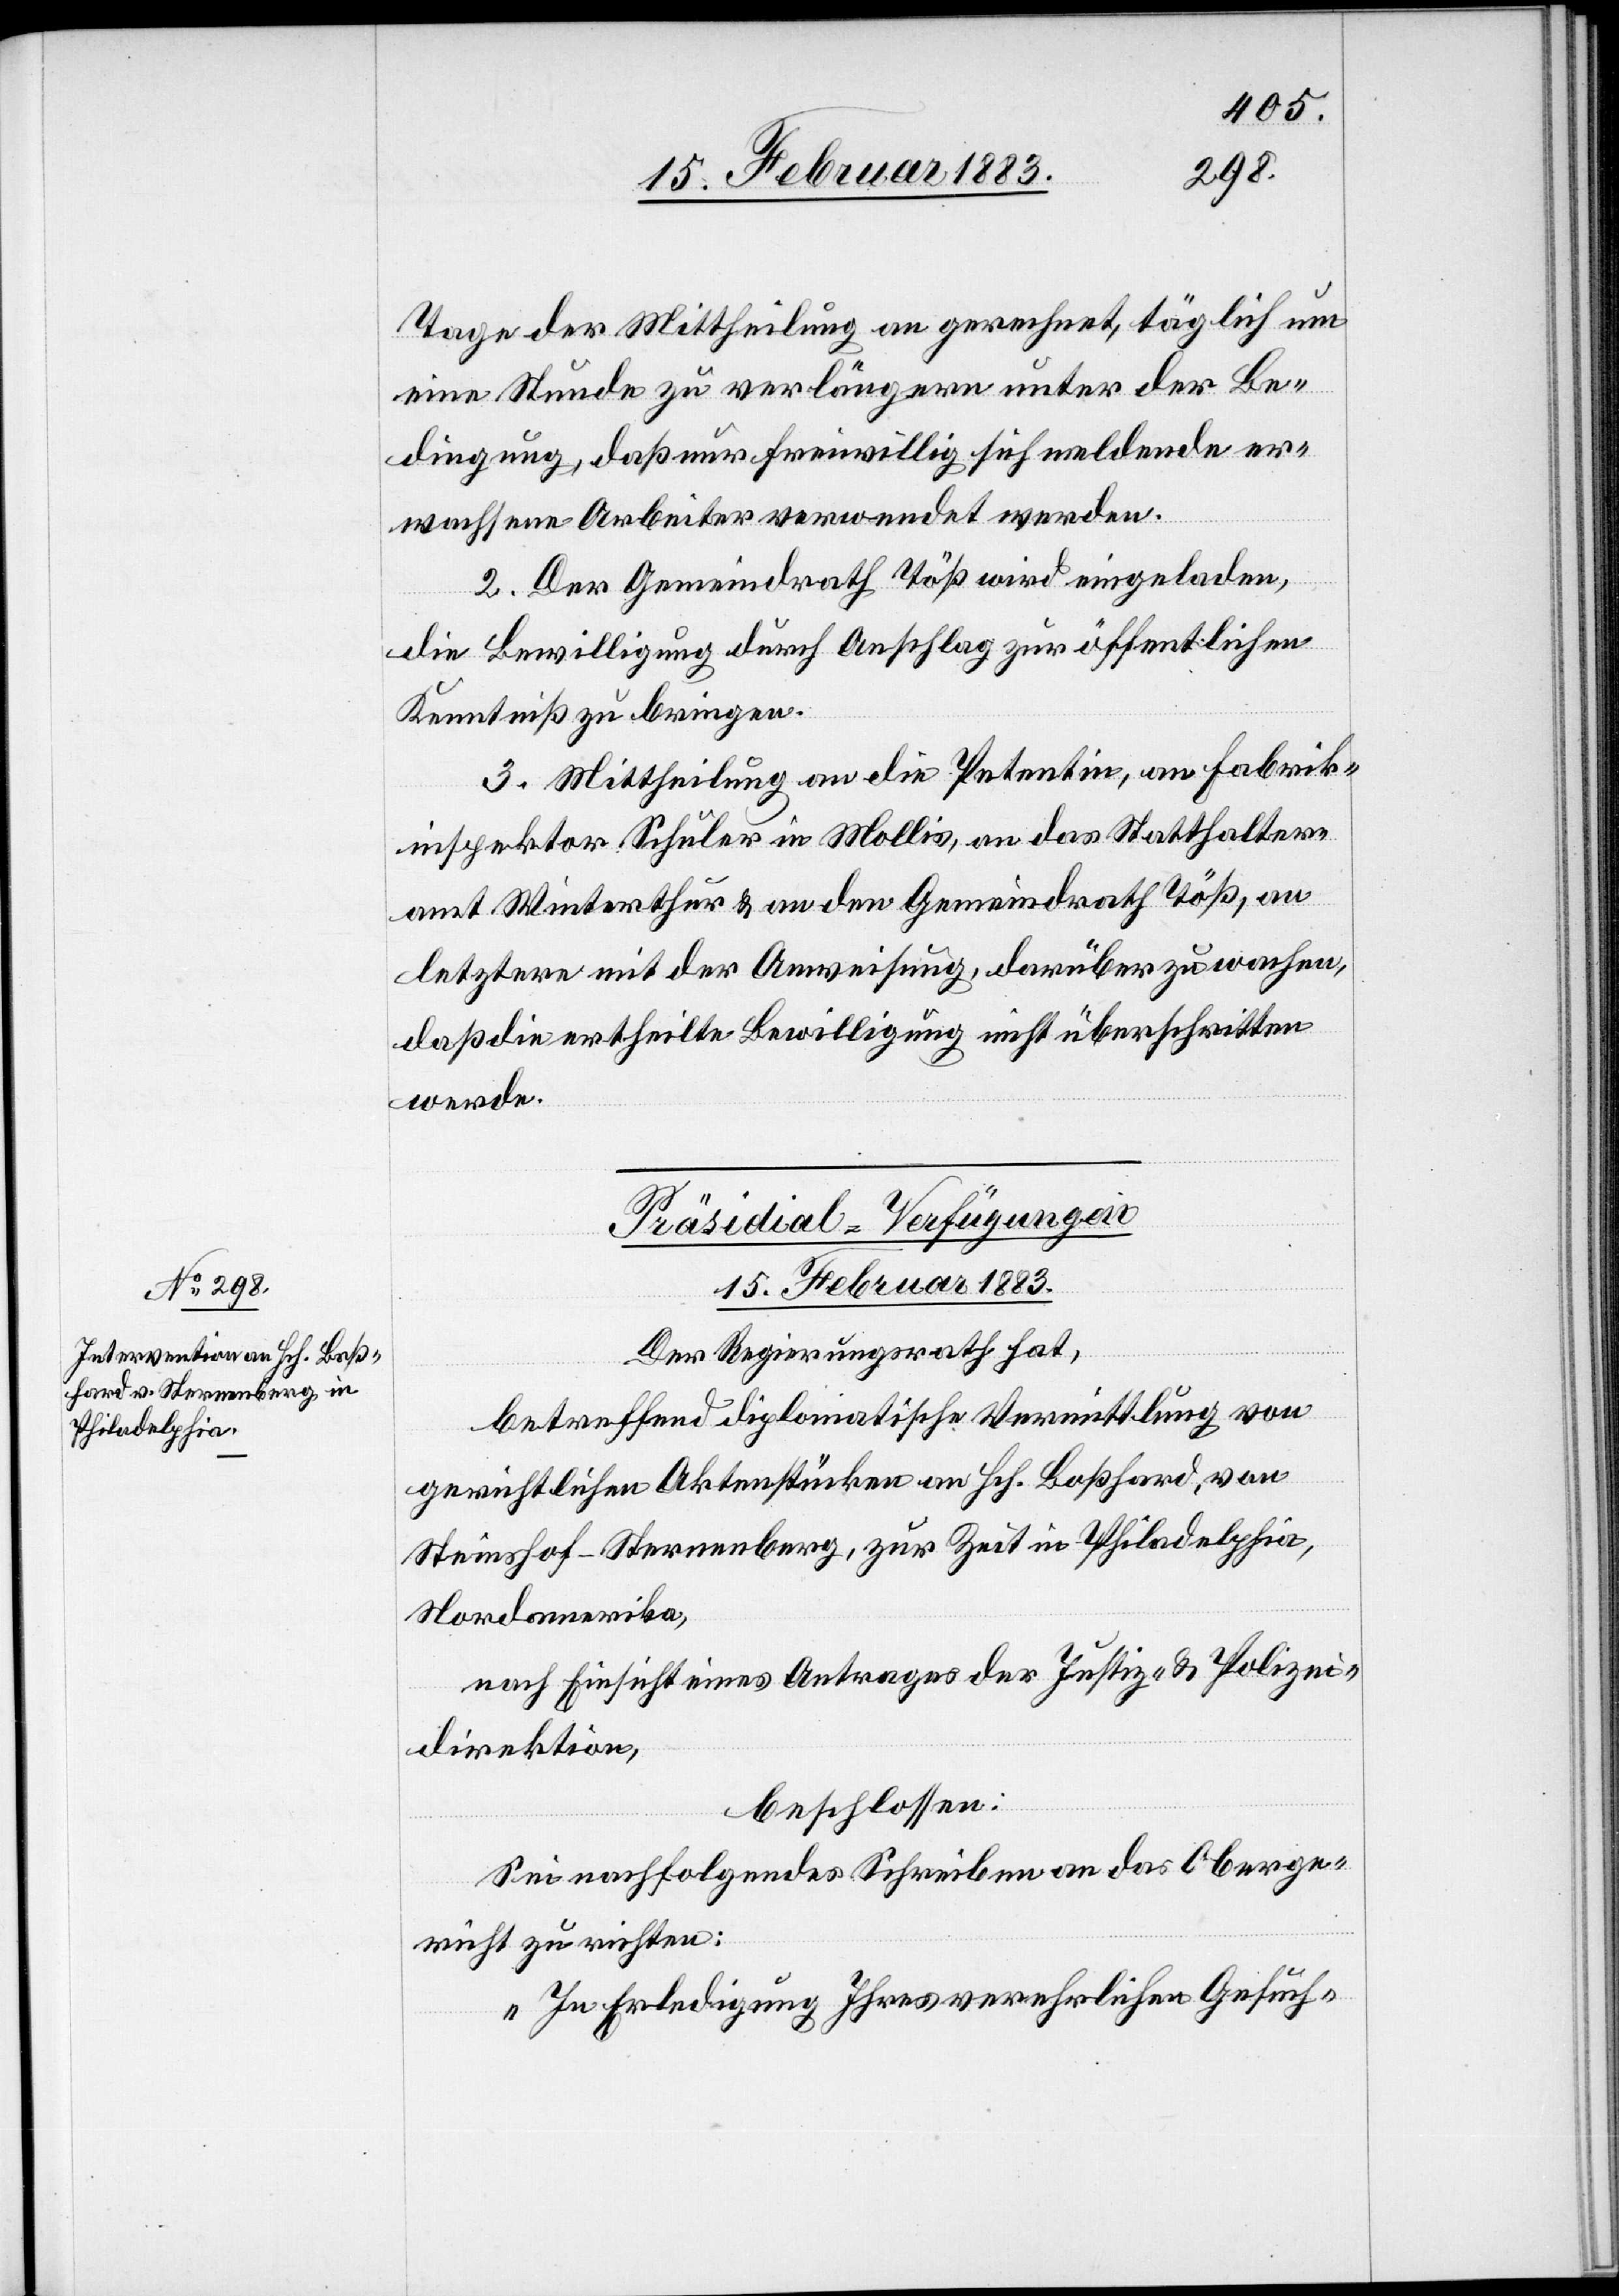
Tage der Mittheilung an gerechnet, täglich um
eine Stunde zu verlängern unter der Be¬
dingung, daß nur freiwillig sich meldende er¬
wachsene Arbeiter verwendet werden.
2. Der Gemeindrath Töß wird eingeladen,
die Bewilligung durch Anschlag zur öffentlichen
Kenntniß zu bringen.
3. Mittheilung an die Petentin, an Fabrik¬
inspektor Schuler in Mollis, an das Statthalter¬
amt Winterthur & an den Gemeindrath Töß, an
letztere mit der Anweisung, darüber zu wachen,
daß die ertheilte Bewilligung nicht überschritten
werde.
Präsidial-Verfügungen
15. Februar 1883.
Der Regierungsrath hat,
betreffend die diplomatische Vermittlung von
gerichtlichen Aktenstücken an Hch. Boßhard, von
Steinshof - Sternenberg, zur Zeit in Philadelphia,
Nordamerika,
nach Einsicht eines Antrages der Justiz- & Polizei¬
direktion,
beschlossen:
Sei nachfolgendes Schreiben an das Oberge¬
richt zu richten:
„In Erledigung Ihres verehrlichen Gesuch-